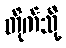
တိုက်သို့